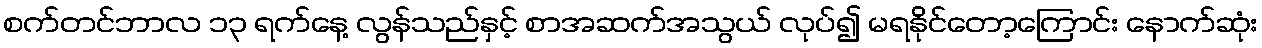
စက်တင်ဘာလ ၁၃ ရက်နေ့ လွန်သည်နှင့် စာအဆက်အသွယ် လုပ်၍ မရနိုင်တော့ကြောင်း နောက်ဆုံး